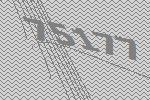
75177